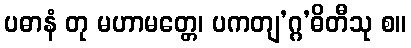
ပဓာနံ တု မဟာမတ္တေ၊ ပကတျ’ဂ္ဂ’ဓိတီသု စ။